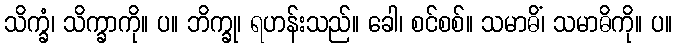
သိက္ခံ၊ သိက္ခာကို။ ပ။ ဘိက္ခု၊ ရဟန်းသည်။ ခေါ၊ စင်စစ်။ သမာဓိံ၊ သမာဓိကို။ ပ။